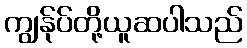
ကျွန်ုပ်တို့ယူဆပါသည်